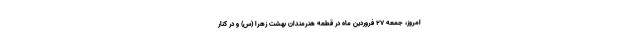
امروز، جمعه ۲۷ فروردین ماه در قطعه هنرمندان بهشت زهرا (س) و در کنار